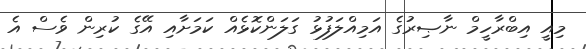
މިއީ އިބްރާހީމް ނާޞިރުގެ އަމިއްލަފުޅު ގަލަންކޮޅެއް ކަމަށާއި އޭގެ ކުރިން ވެސް އެ